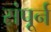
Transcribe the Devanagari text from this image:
संपूर्न